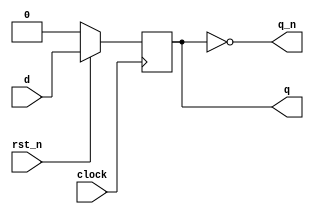
module dff (
  input rst_n, clock,
  input d,
  output reg q,
  output q_n
);

  always @(posedge clock )
    if( !rst_n )
      q <= 0;
    else
      q <= d;

  assign q_n = ~q;

endmodule